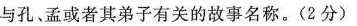
与孔、孟或者其弟子有关的故事名称。(2分)